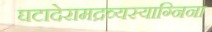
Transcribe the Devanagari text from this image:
घटादेरामद्रव्यस्याग्निना